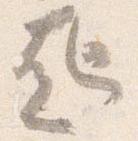
起